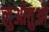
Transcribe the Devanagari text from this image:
लुओतुओ